Madras plague regulations in force outside the Presidency town - Volume 1
Disease focus: Plague
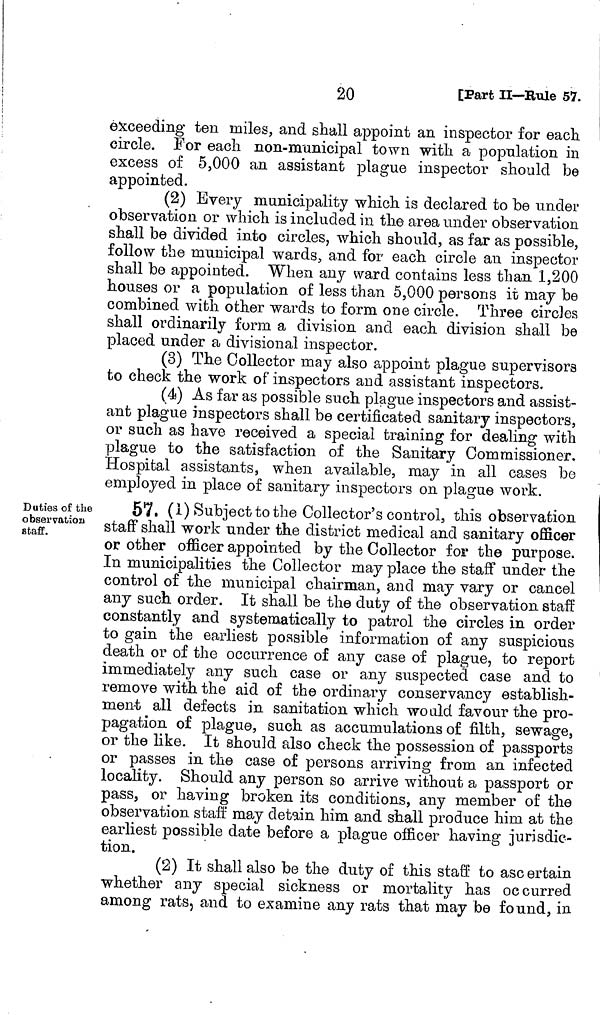
20
[Part II—Rule 57.
exceeding ten miles, and shall appoint an inspector for each
circle. For each non-municipal town with a population in
excess of 5,000 an assistant plague inspector should be
appointed.
(2) Every municipality which is declared to be under
observation or which is included in the area under observation
shall be divided into circles, which should, as far as possible,
follow the municipal wards, and for each circle an inspector
shall be appointed. When any ward contains less than 1,200
houses or a population of less than 5,000 persons it may be
combined with other wards to form one circle. Three circles
shall ordinarily form a division and each division shall be
placed under a divisional inspector.
(3) The Collector may also appoint plague supervisors
to check the work of inspectors and assistant inspectors.
(4) As far as possible such plague inspectors and assist-
ant plague inspectors shall be certificated sanitary inspectors,
or such as have received a special training for dealing with
plague to the satisfaction of the Sanitary Commissioner.
Hospital assistants, when available, may in all cases be
employed in place of sanitary inspectors on plague work.
Duties of the
observation
staff.
57. (1) Subject to the Collector's control, this observation
staff shall work under the district medical and sanitary officer
or other officer appointed by the Collector for the purpose.
In municipalities the Collector may place the staff under the
control of the municipal chairman, and may vary or cancel
any such order. It shall be the duty of the observation staff
constantly and systematically to patrol the circles in order
to gain the earliest possible information of any suspicious
death or of the occurrence of any case of plague, to report
immediately any such case or any suspected case and to
remove with the aid of the ordinary conservancy establish-
ment all defects in sanitation which would favour the pro-
pagation of plague, such as accumulations of filth, sewage,
or the like. It should also check the possession of passports
or passes in the case of persons arriving from an infected
locality. Should any person so arrive without a passport or
pass, or having broken its conditions, any member of the
observation staff may detain him and shall produce him at the
earliest possible date before a plague officer having jurisdic-
tion.
(2) It shall also be the duty of this staff to asc ertain
whether any special sickness or mortality has occurred
among rats, and to examine any rats that may be found, in